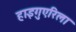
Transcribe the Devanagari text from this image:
हाइगुएरिला